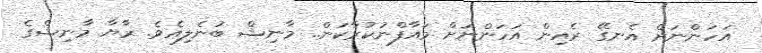
އަހަންނަށް އެނގޭ ރެއިން އަހަންނަށް މައާފްނުކުރާކަން.. މާނިޝް ބުނެލިއެވެ. ރާޔާ މާނިޝްގެ